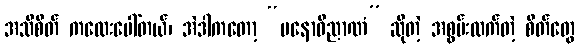
အသိစိတ် ကလေးပေါ်တယ်၊ အဲဒါကတော့ “မနောဝိညာဏံ” ဆိုတဲ့ အစွမ်းထက်တဲ့ စိတ်တွေ